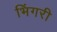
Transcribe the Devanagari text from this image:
भिंगरी